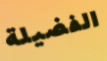
الفضيلة